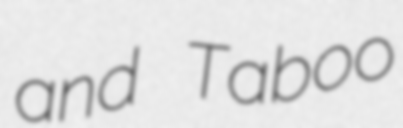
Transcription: and Taboo